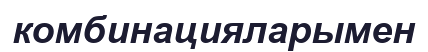
комбинацияларымен